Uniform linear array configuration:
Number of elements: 8
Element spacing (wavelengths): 0.5
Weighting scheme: blackman
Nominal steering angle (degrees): -30
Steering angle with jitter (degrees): -29.037
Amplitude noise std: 0.05
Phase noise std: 0.05

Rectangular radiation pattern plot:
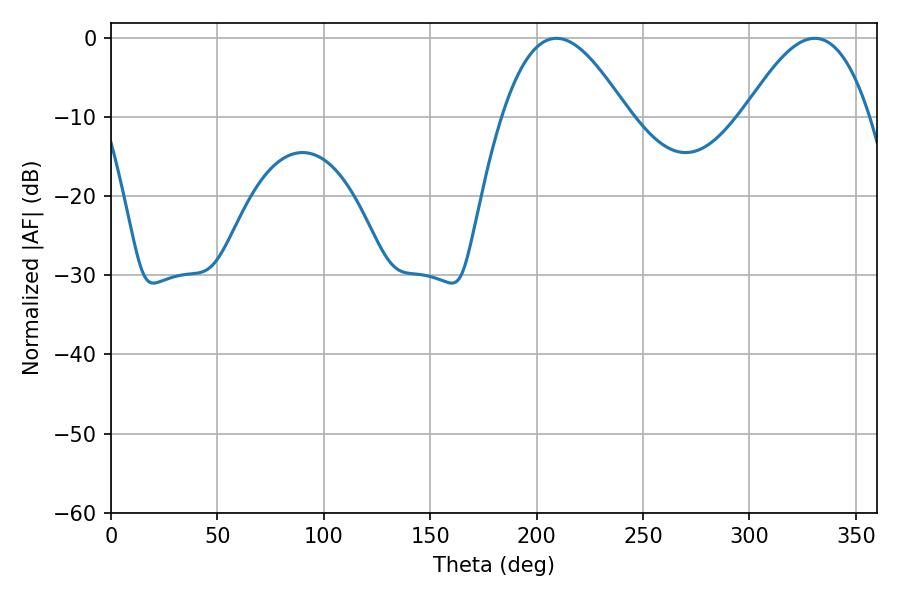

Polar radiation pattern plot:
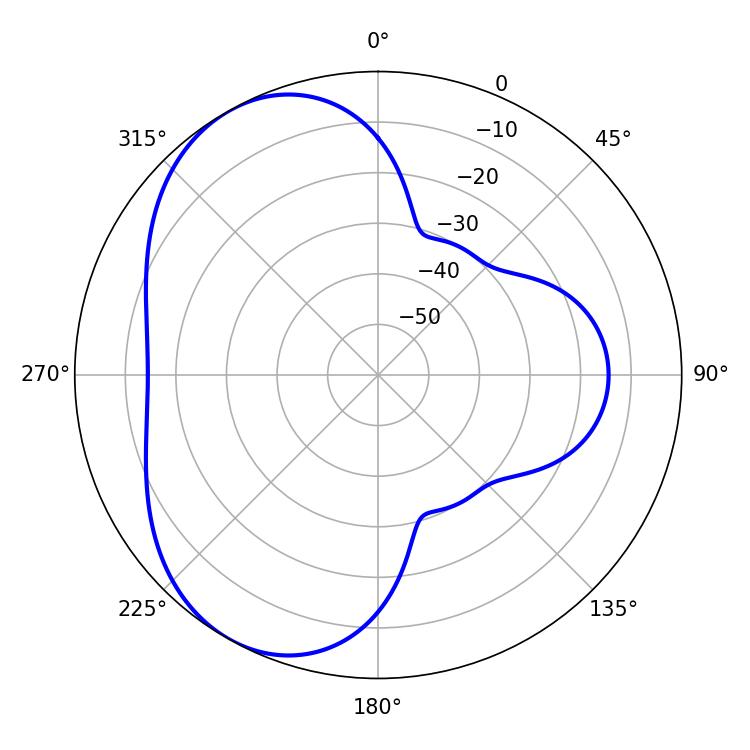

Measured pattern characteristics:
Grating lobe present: FALSE
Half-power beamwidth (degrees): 32.04
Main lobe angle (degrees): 209.34